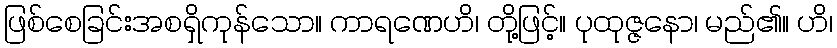
ဖြစ်စေခြင်းအစရှိကုန်သော။ ကာရဏေဟိ၊ တို့ဖြင့်။ ပုထုဇ္ဇနော၊ မည်၏။ ဟိ၊